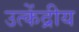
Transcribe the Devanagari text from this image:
उत्केंद्रीय